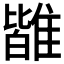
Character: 𩀊